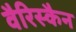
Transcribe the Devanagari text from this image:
वैरिस्कैन